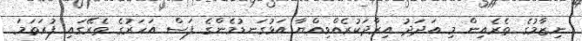
ނިޒާމުގެ ތެރެއިން މި އަދަދު އިރާދަކުރެއްވިއްޔާ އަޅުގަނޑުމެންގެ ފަސް އަހަރުގެ ތެރޭގައި ފުރަތަމަ